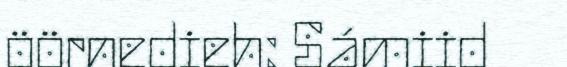
öörnedieh: Sámiid